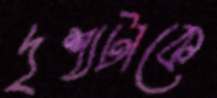
দৃশ্যটাকে